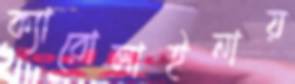
ক্যারোলাইনায়